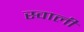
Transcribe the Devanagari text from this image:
स्वाली